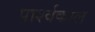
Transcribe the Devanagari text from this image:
पार्श्वकाल